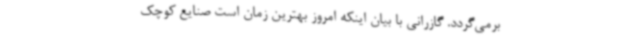
برمی‌گردد. گازرانی با بیان اینکه امروز بهترین زمان است صنایع کوچک